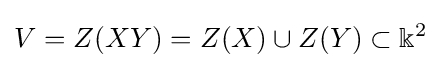
V=Z(XY)=Z(X)\cup Z(Y)\subset \Bbbk ^{2}